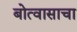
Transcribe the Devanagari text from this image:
बोत्वासाचा